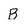
Character: B